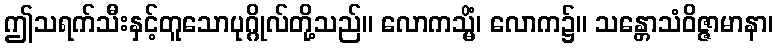
ဤသရက်သီးနှင့်တူသောပုဂ္ဂိုလ်တို့သည်။ လောကသ္မိံ၊ လောက၌။ သန္တောသံဝိဇ္ဇာမာနာ၊